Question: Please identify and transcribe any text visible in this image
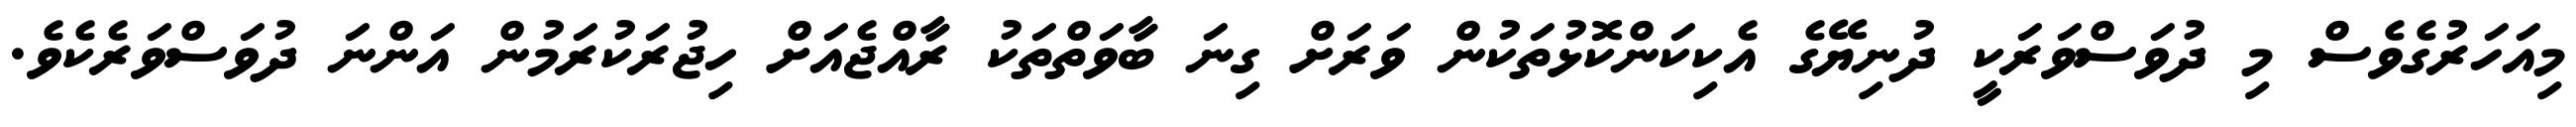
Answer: މިއަހަރުގެވެސް މި ދުވަސްވަރަކީ ދުނިޔޭގެ އެކިކަންކޮޅުތަކުން ވަރަށް ގިނަ ބާވަތްތަކު ރާއްޖެއަށް ހިޖުރަކުރަމުން އަންނަ ދުވަސްވަރެކެވެ.